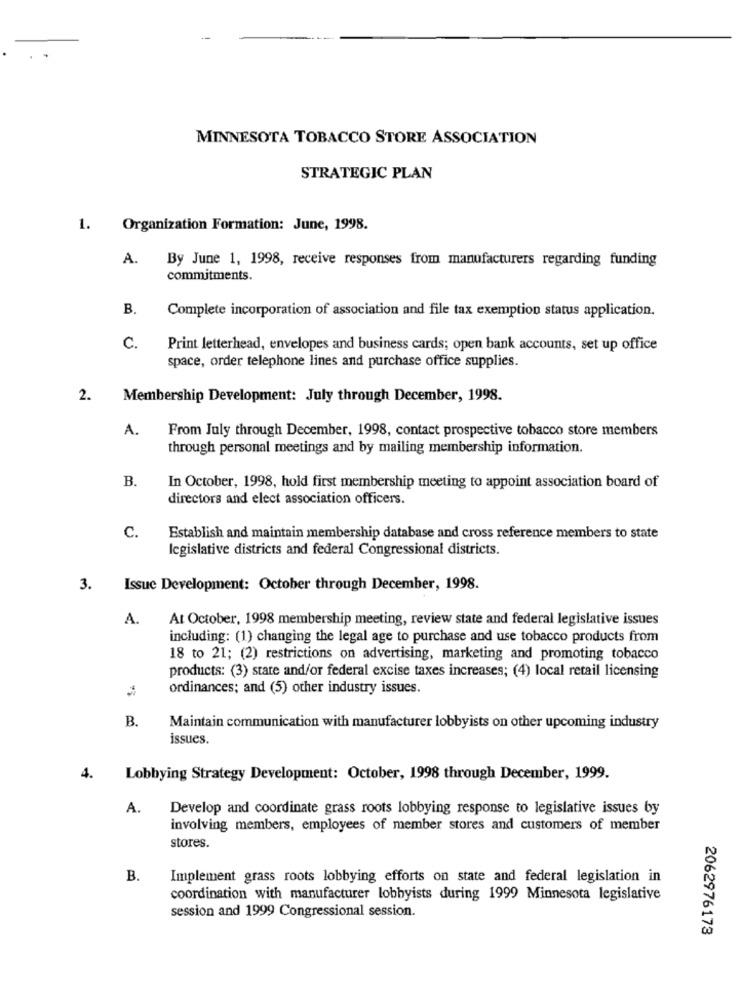
MINNESOTA TOBACCO STORE ASSOCIATION
STRATEGIC PLAN
1.
Organization Formation: June, 1998.
A.
By June 1, 1998, receive responses from manufacturers regarding funding
commitments.
B.
Complete incorporation of association and file tax exemption status application.
C.
Print letterhead, envelopes and business cards; open bank accounts, set up office
space, order telephone lines and purchase office supplies.
2.
Membership Development: July through December, 1998.
A.
From July through December, 1998, contact prospective tobacco store members
through personal meetings and by mailing membership information.
B.
In October, 1998, hold first membership meeting to appoint association board of
directors and elect association officers.
C.
Establish and maintain membership database and cross reference members to state
legislative districts and federal Congressional districts.
3.
Issue Development: October through December, 1998.
A.
At October, 1998 membership meeting, review state and federal legislative issues
including: (1) changing the legal age to purchase and use tobacco products from
18 to 21; (2) restrictions on advertising, marketing and promoting tobacco
products: (3) state and/or federal excise taxes increases; (4) local retail licensing
ordinances; and (5) other industry issues.
B.
Maintain communication with manufacturer lobbyists on other upcoming industry
issues.
4.
Lobbying Strategy Development: October, 1998 through December, 1999.
A.
Develop and coordinate grass roots lobbying response to legislative issues by
involving members, employees of member stores and customers of member
stores.
B.
Implement grass roots lobbying efforts on state and federal legislation in
coordination with manufacturer lobbyists during 1999 Minnesota legislative
session and 1999 Congressional session.
2062976173